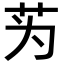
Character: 𫇭